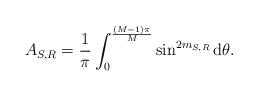
LaTeX: \begin{align*} A_{S,R} = \frac{1}{\pi} \int_{0}^{ \frac{(M-1) \pi }{M}} \sin^{2 m_{S,R}} {\rm d}\theta. \end{align*}